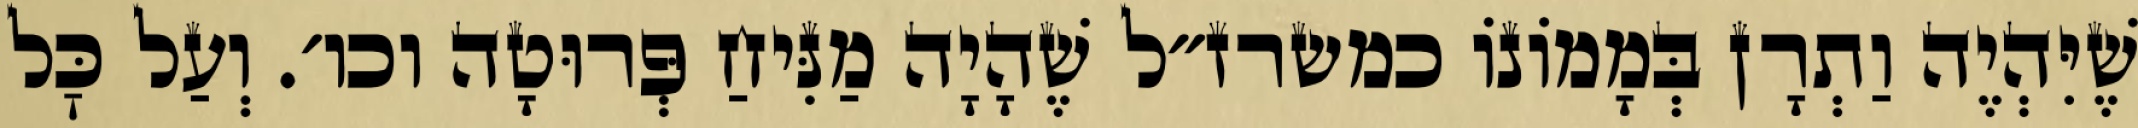
שֶׁיִּהְיֶה וַתְרָן בְּמָמוֹנוֹ כמשרז״ל שֶׁהָיָה מַנִּיחַ פְּרוּטָה וכו׳. וְעַל כׇּל